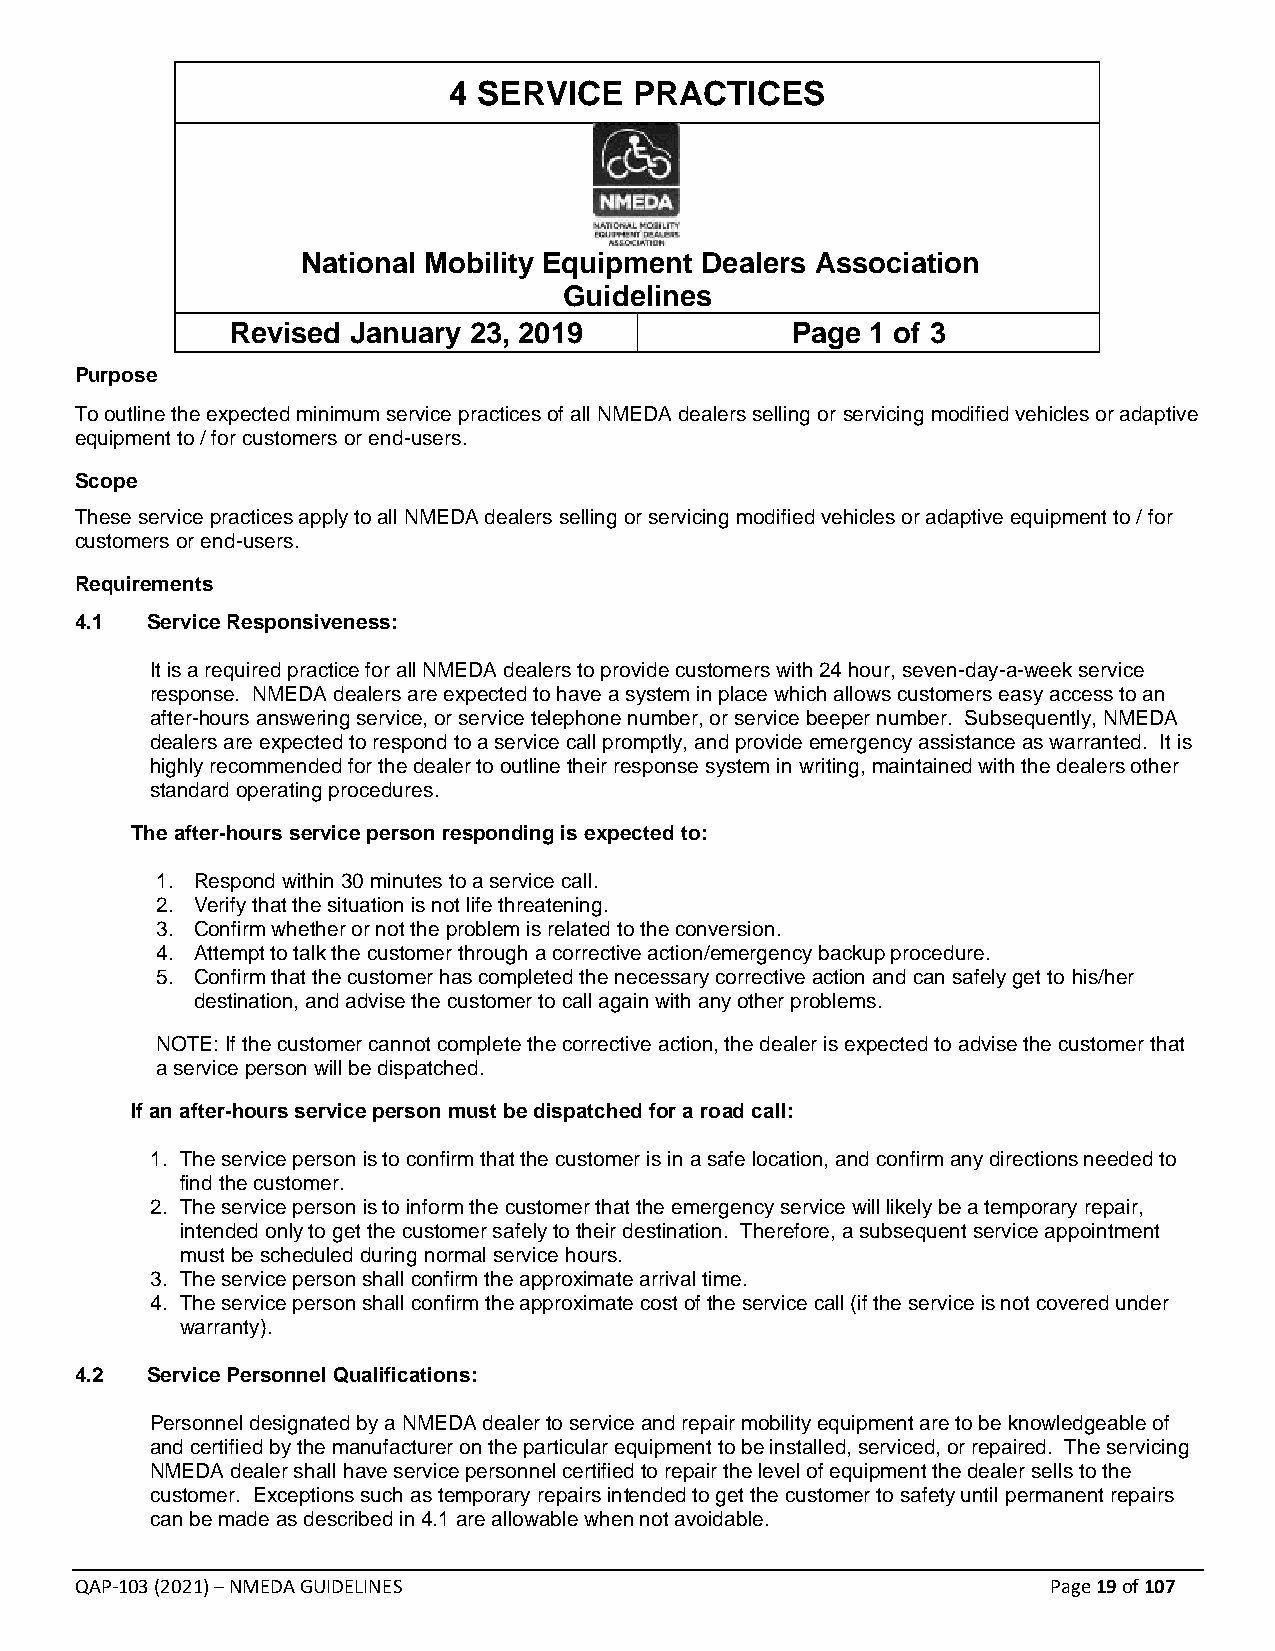
4 SERVICE   PRACTICES
 National Mobility Equipment Dealers Association
 Guidelines
 Revised January 23, 2019             Page  1 of 3
 Purpose
 To outline the expected minimum service practices of all NMEDA dealers selling or servicing modified vehicles or adaptive
 equipment to / for customers or end-users.
 Scope
 These service practices apply to all NMEDA dealers selling or servicing modified vehicles or adaptive equipment to / for
 customers or end-users.
 Requirements
 4.1  Service Responsiveness:
 It is a required practice for all NMEDA dealers to provide customers with 24 hour, seven-day-a-week service
 response. NMEDA dealers are expected to have a system in place which allows customers easy access to an
 after-hours answering service, or service telephone number, or service beeper number. Subsequently, NMEDA
 dealers are expected to respond to a service call promptly, and provide emergency assistance as warranted. It is
 highly recommended for the dealer to outline their response system in writing, maintained with the dealers other
 standard operating procedures.
 The after-hours service person responding is expected to:
 1. Respond within 30 minutes to a service call.
 2. Verify that the situation is not life threatening.
 3. Confirm whether or not the problem is related to the conversion.
 4. Attempt to talk the customer through a corrective action/emergency backup procedure.
 5. Confirm that the customer has completed the necessary corrective action and can safely get to his/her
 destination, and advise the customer to call again with any other problems.
 NOTE: If the customer cannot complete the corrective action, the dealer is expected to advise the customer that
 a service person will be dispatched.
 If an after-hours service person must be dispatched for a road call:
 1. The service person is to confirm that the customer is in a safe location, and confirm any directions needed to
 find the customer.
 2. The service person is to inform the customer that the emergency service will likely be a temporary repair,
 intended only to get the customer safely to their destination. Therefore, a subsequent service appointment
 must be scheduled during normal service hours.
 3. The service person shall confirm the approximate arrival time.
 4. The service person shall confirm the approximate cost of the service call (if the service is not covered under
 warranty).
 4.2  Service Personnel Qualifications:
 Personnel designated by a NMEDA dealer to service and repair mobility equipment are to be knowledgeable of
 and certified by the manufacturer on the particular equipment to be installed, serviced, or repaired. The servicing
 NMEDA dealer shall have service personnel certified to repair the level of equipment the dealer sells to the
 customer. Exceptions such as temporary repairs intended to get the customer to safety until permanent repairs
 can be made as described in 4.1 are allowable when not avoidable.
 QAP-103 (2021) – NMEDA GUIDELINES                                Page 19 of 107